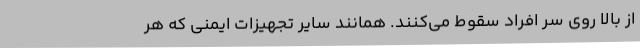
از بالا روی سر افراد سقوط می‌کنند. همانند سایر تجهیزات ایمنی که هر